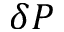
\delta P